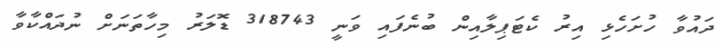
ދައުވާ ހުށަހެޅި އިރު ކެޓަޕިލާއިން ބުނެފައި ވަނީ 318743 ޑޮލަރު މިހާތަނަށް ނުދައްކާވާ